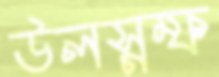
উলস্নম্ফ